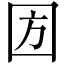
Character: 𡇅